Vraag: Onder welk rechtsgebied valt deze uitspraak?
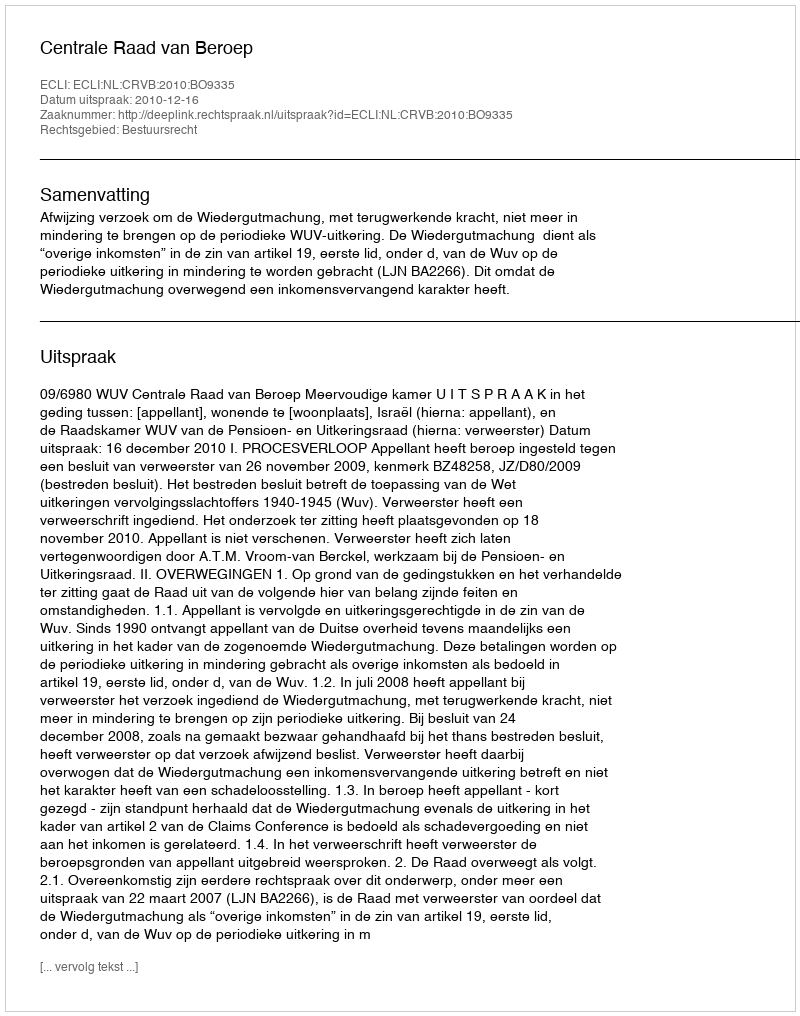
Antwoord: Bestuursrecht